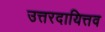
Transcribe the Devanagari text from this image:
उत्तरदायित्तव